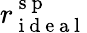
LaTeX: r_{\mathrm{~i~d~e~a~l~}}^{\mathrm{~s~p~}}